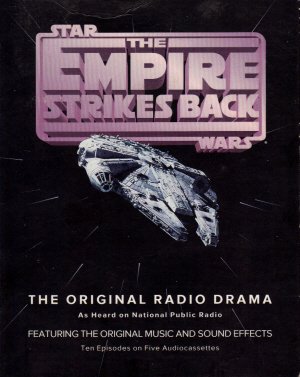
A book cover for Star Wars: The Empire Strikes Back- The Original Radio Drama As Heard On National Public Radio; George Lucas; Humor & Entertainment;